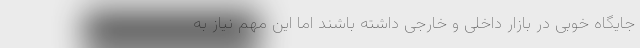
جایگاه خوبی در بازار داخلی و خارجی داشته باشند اما این مهم نیاز به